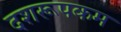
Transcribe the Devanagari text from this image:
दशरूपकम